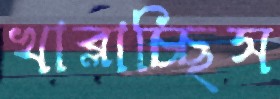
খাব্‌লাচ্ছিস